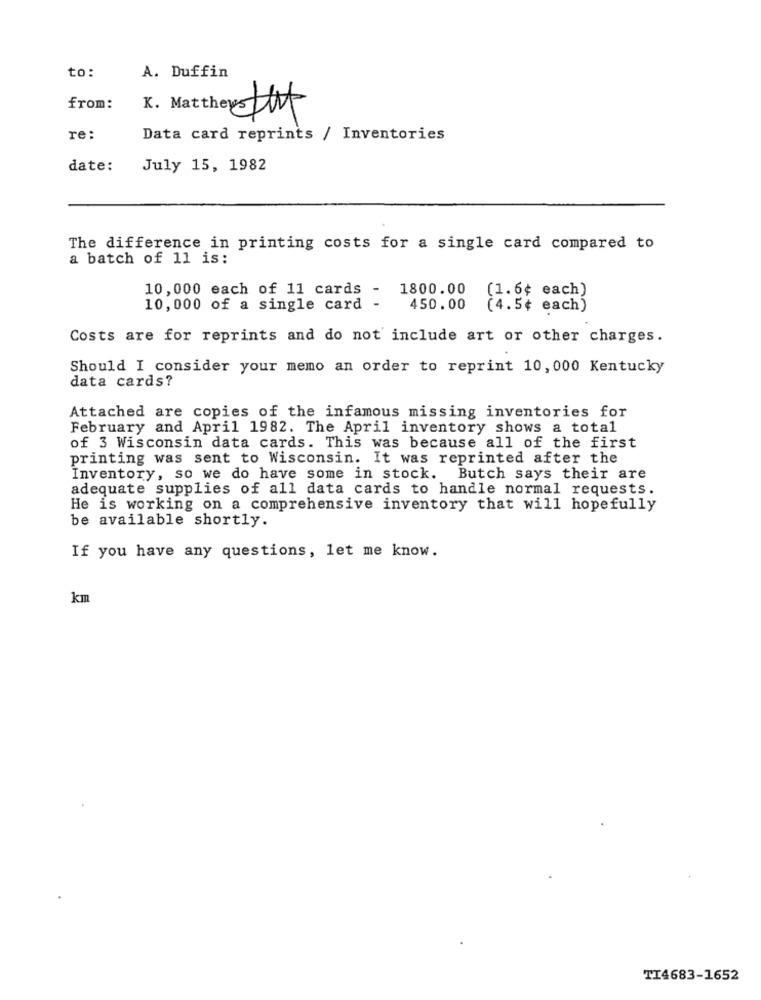
A. Duffin
to:
from:
K. Matthew That
re:
Data card reprints / Inventories
date:
July 15, 1982
The difference in printing costs for a single card compared to
a batch of 11 is:
10,000 each of 11 cards - 1800.00 (1.6¢ each)
10,000 of a single card -
450.00 (4.5¢ each)
Costs are for reprints and do not include art or other charges.
Should I consider your memo an order to reprint 10, 000 Kentucky
data cards?
Attached are copies of the infamous missing inventories for
February and April 1982. The April inventory shows a total
of 3 Wisconsin data cards. This was because all of the first
printing was sent to Wisconsin. It was reprinted after the
Inventory, so we do have some in stock. Butch says their are
adequate supplies of all data cards to handle normal requests.
He is working on a comprehensive inventory that will hopefully
be available shortly.
If you have any questions, let me know.
km
TI4683-1652